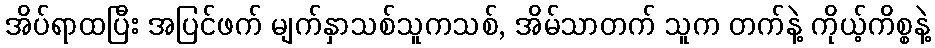
အိပ်ရာထပြီး အပြင်ဖက် မျက်နှာသစ်သူကသစ်, အိမ်သာတက် သူက တက်နဲ့ ကိုယ့်ကိစ္စနဲ့